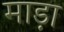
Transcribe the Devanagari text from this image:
माड़ा